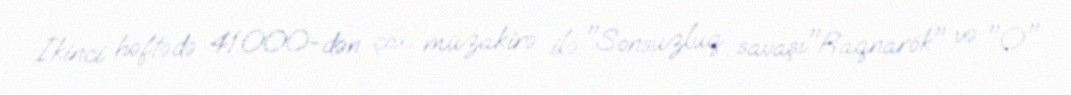
İkinci həftədə 41.000-dən çox müzakirə ilə "Sonsuzluq savaşı"Raqnarök" və "O"